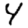
Digit: 4